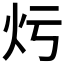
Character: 𤆏